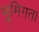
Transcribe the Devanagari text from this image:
भूमिगत।